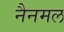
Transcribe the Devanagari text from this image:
नैनमल